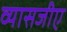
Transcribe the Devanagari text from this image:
व्यासजीए